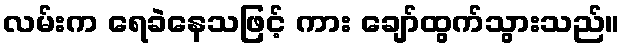
လမ်းက ရေခဲနေသဖြင့် ကား ချော်ထွက်သွားသည်။